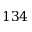
1 3 4